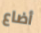
أضاع